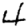
Digit: 4